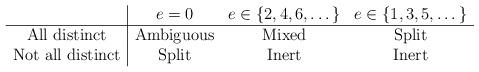
LaTeX: \begin{align*}\begin{array}{c|ccc} & e=0& e \in \{2,4,6,\dots\} & e \in \{1,3,5,\dots\} \\\hline\mbox{All distinct} & \mbox{Ambiguous} & \mbox{Mixed} & \mbox{Split} \\\mbox{Not all distinct} & \mbox{Split} & \mbox{Inert} & \mbox{Inert}\end{array}\end{align*}